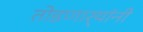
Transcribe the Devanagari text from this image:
तोडणार्‍यांनी